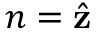
\boldsymbol { n } = \hat { \mathbf { z } }